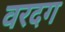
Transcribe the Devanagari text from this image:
वरदग